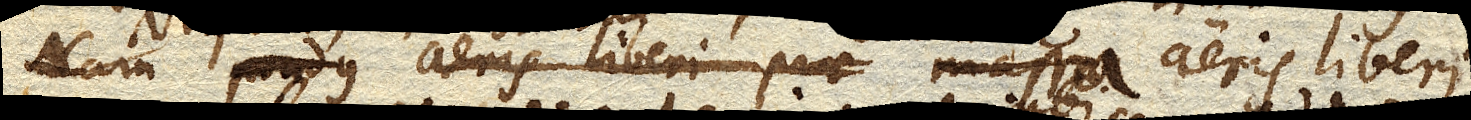
Nam pondus aeris liberi prae massa aeris liberi